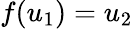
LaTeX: f(u_{1})=u_{2}